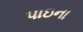
પાઇના